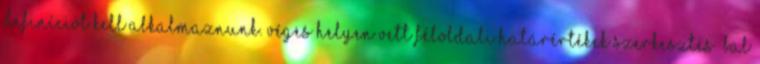
definíciót kell alkalmaznunk. Véges helyen vett féloldali határértékek szerkesztés Bal